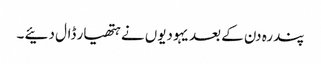
پندرہ دن کے بعد یہودیوں نے ہتھیار ڈال دئیے ۔